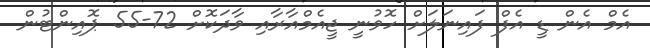
އެމް އެން ޑީ އެފް ފައިނަލަށް ހޮވުނީ ޖީއެމްއާރާއި ވާދަކޮށް 72-55 ޕޮއިންޓުން